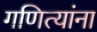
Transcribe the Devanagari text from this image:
गणित्यांना